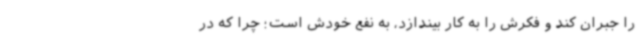
را جبران کند و فکرش را به کار بیندازد، به نفع خودش است؛ چرا که در